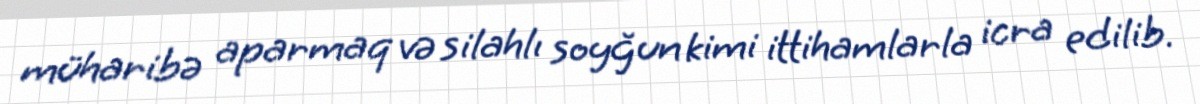
müharibə aparmaq və silahlı soyğun kimi ittihamlarla icra edilib.